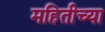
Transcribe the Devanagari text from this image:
महितीच्या